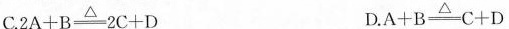
C.$$2 A + B \xrightarrow △- 2 C + D$$ D.$$A + B \xrightarrow △-C + D$$